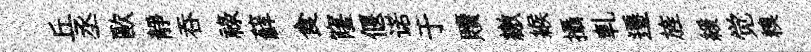
丘丞歐靜呑禄蘚食窿偃诺于贖繳緱攝軋遷旌緩觉糗